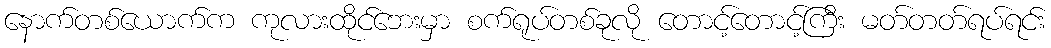
နောက်တစ်ယောက်က ကုလားထိုင်ဘေးမှာ စက်ရုပ်တစ်ခုလို တောင့်တောင့်ကြီး မတ်တတ်ရပ်ရင်း